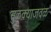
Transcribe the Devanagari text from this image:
सुळक्याजवळ